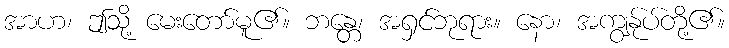
အာဟ၊ ဤသို့ မေးတော်မူ၏။ ဘန္တေ၊ အရှင်ဘုရား။ နော၊ အကျွန်ုပ်တို့၏။